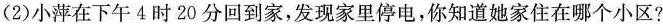
(2)小萍在下午4时20分回到家，发现家里停电，你知道她家住在哪个小区?